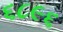
૬૮૯૬